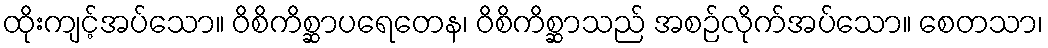
ထိုးကျင့်အပ်သော။ ဝိစိကိစ္ဆာပရေတေန၊ ဝိစိကိစ္ဆာသည် အစဉ်လိုက်အပ်သော။ စေတသာ၊